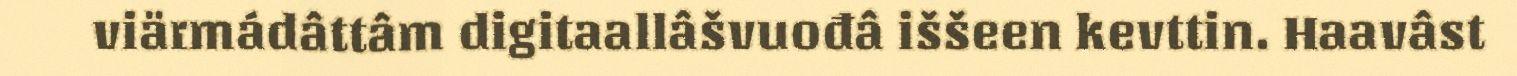
viärmádâttâm digitaallâšvuođâ iššeen kevttin. Haavâst